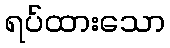
ရပ်ထားသော